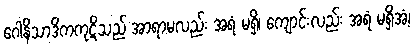
ဂေါနိသာဒိကကုဋိသည် အာရာမလည်း အရံ မရှိ၊ ကျောင်းလည်း အရံ မရှိအံ့၊